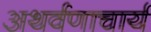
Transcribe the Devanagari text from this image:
अथर्वणाचार्य